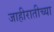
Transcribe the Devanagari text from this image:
जाहीरातीच्या